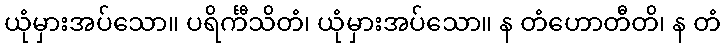
ယုံမှားအပ်သော။ ပရိင်္ကီသိတံ၊ ယုံမှားအပ်သော။ န တံဟောတီတိ၊ န တံ